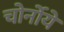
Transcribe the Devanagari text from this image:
चोर्नोये